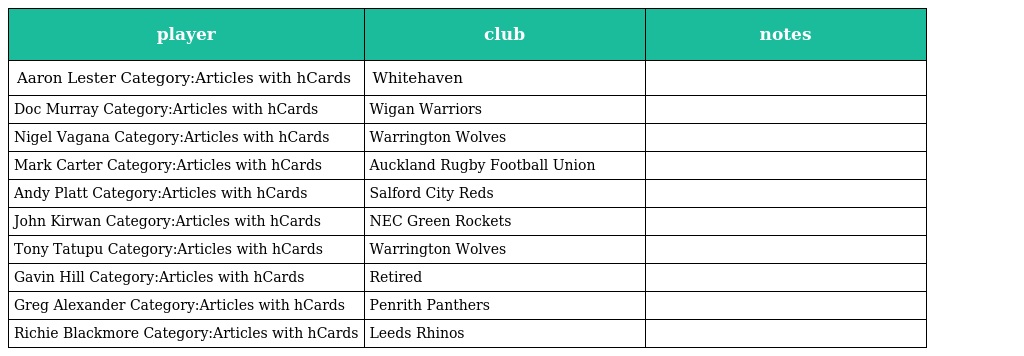
| player | club | notes |
 | --- | --- | --- |
 | Aaron Lester Category:Articles with hCards | Whitehaven |  |
 | Doc Murray Category:Articles with hCards | Wigan Warriors |  |
 | Nigel Vagana Category:Articles with hCards | Warrington Wolves |  |
 | Mark Carter Category:Articles with hCards | Auckland Rugby Football Union |  |
 | Andy Platt Category:Articles with hCards | Salford City Reds |  |
 | John Kirwan Category:Articles with hCards | NEC Green Rockets |  |
 | Tony Tatupu Category:Articles with hCards | Warrington Wolves |  |
 | Gavin Hill Category:Articles with hCards | Retired |  |
 | Greg Alexander Category:Articles with hCards | Penrith Panthers |  |
 | Richie Blackmore Category:Articles with hCards | Leeds Rhinos |  |